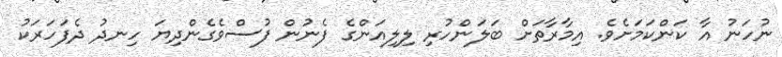
ނުހަނު އާ ކަންކަމަށެވެ. އިމާރާތަށް ބަލަންހުރި ލިލިއަންގެ ފެނުން ފުސްވެގެންދިޔަ ހިނދު ދެފަހަރަކު